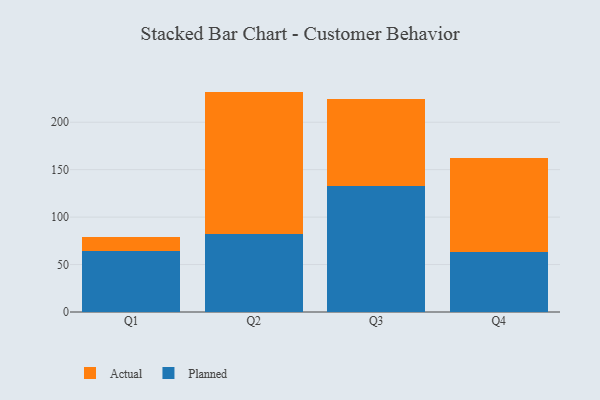
{"axis": {"x": "Quarter", "y": "Budget (USD K)"}, "legend": ["Actual", "Planned"], "data": [{"x": "Q1", "y": 64.4, "type": "Planned"}, {"x": "Q1", "y": 14.2, "type": "Actual"}, {"x": "Q2", "y": 82.5, "type": "Planned"}, {"x": "Q2", "y": 149.8, "type": "Actual"}, {"x": "Q3", "y": 132.5, "type": "Planned"}, {"x": "Q3", "y": 91.8, "type": "Actual"}, {"x": "Q4", "y": 63.6, "type": "Planned"}, {"x": "Q4", "y": 98.4, "type": "Actual"}]}